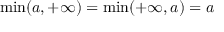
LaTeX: \operatorname* { m i n } ( a , + \infty ) = \operatorname* { m i n } ( + \infty , a ) = a